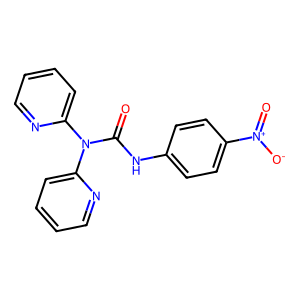
SMILES: O=C(Nc1ccc([N+](=O)[O-])cc1)N(c1ccccn1)c1ccccn1
Inhibits HIV replication: No